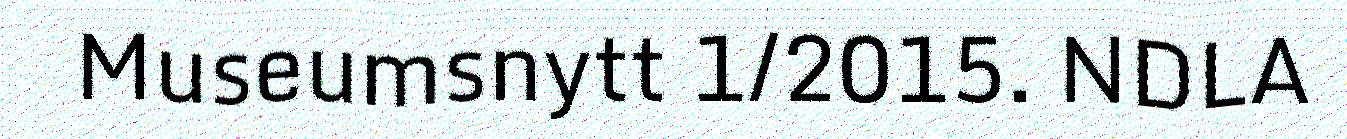
Museumsnytt 1/2015. NDLA